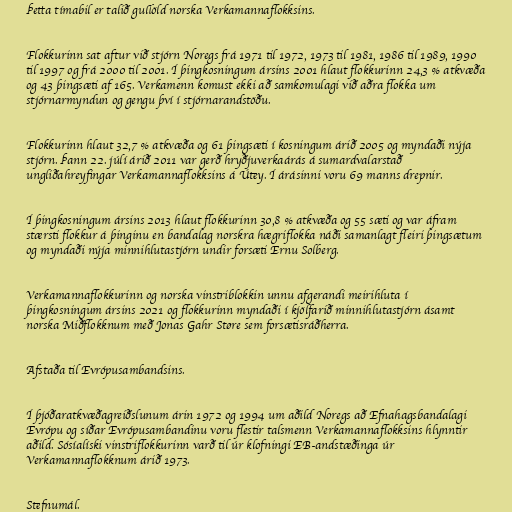
Þetta tímabil er talið gullöld norska Verkamannaflokksins.

Flokkurinn sat aftur við stjórn Noregs frá 1971 til 1972, 1973 til 1981, 1986 til 1989, 1990
til 1997 og frá 2000 til 2001. Í þingkosningum ársins 2001 hlaut flokkurinn 24,3 % atkvæða
og 43 þingsæti af 165. Verkamenn komust ekki að samkomulagi við aðra flokka um
stjórnarmyndun og gengu því í stjórnarandstöðu.

Flokkurinn hlaut 32,7 % atkvæða og 61 þingsæti í kosningum árið 2005 og myndaði nýja
stjórn. Þann 22. júlí árið 2011 var gerð hryðjuverkaárás á sumardvalarstað
ungliðahreyfingar Verkamannaflokksins á Útey. Í árásinni voru 69 manns drepnir.

Í þingkosningum ársins 2013 hlaut flokkurinn 30,8 % atkvæða og 55 sæti og var áfram
stærsti flokkur á þinginu en bandalag norskra hægriflokka náði samanlagt fleiri þingsætum
og myndaði nýja minnihlutastjórn undir forsæti Ernu Solberg.

Verkamannaflokkurinn og norska vinstriblokkin unnu afgerandi meirihluta í
þingkosningum ársins 2021 og flokkurinn myndaði í kjölfarið minnihlutastjórn ásamt
norska Miðflokknum með Jonas Gahr Støre sem forsætisráðherra.

Afstaða til Evrópusambandsins.

Í þjóðaratkvæðagreiðslunum árin 1972 og 1994 um aðild Noregs að Efnahagsbandalagi
Evrópu og síðar Evrópusambandinu voru flestir talsmenn Verkamannaflokksins hlynntir
aðild. Sósíalíski vinstriflokkurinn varð til úr klofningi EB-andstæðinga úr
Verkamannaflokknum árið 1973.

Stefnumál.